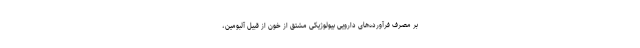
بر مصرف فرآورده‌های دارویی بیولوژیکی مشتق از خون از قبیل آلبومین،